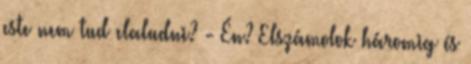
este nem tud elaludni? - Én? Elszámolok háromig és